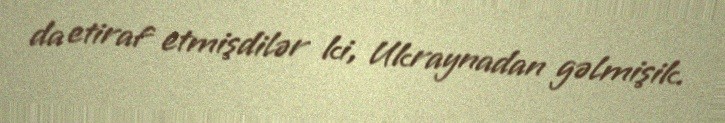
da etiraf etmişdilər ki, Ukraynadan gəlmişik.